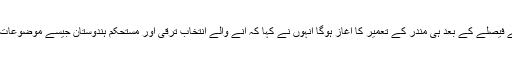
سپریم کورٹ کے فیصلے کے بعد ہی مندر کے تعمیر کا آغاز ہوگا انہوں نے کہا کہ آنے والے انتخاب ترقی اور مستحکم ہندوستان جیسے موضوعات پر لڑا جائے گا۔